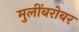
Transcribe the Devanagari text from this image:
मुलींबरोबर